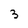
Character: 3